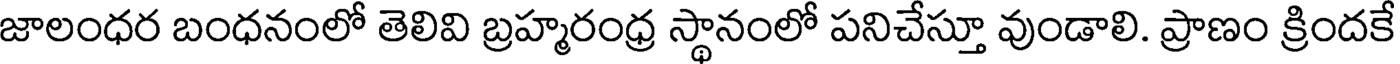
జాలంధర బంధనంలో తెలివి బ్రహ్మరంధ్ర స్థానంలో పనిచేస్తూ వుండాలి. ప్రాణం క్రిందకే